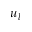
u _ { l }